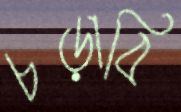
চড়াবি